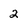
Character: 2